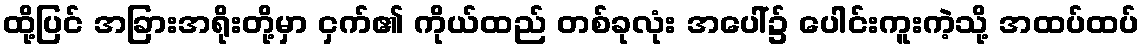
ထို့ပြင် အခြားအရိုးတို့မှာ ငှက်၏ ကိုယ်ထည် တစ်ခုလုံး အပေါ်၌ ပေါင်းကူးကဲ့သို့ အထပ်ထပ်